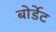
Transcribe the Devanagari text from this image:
बोर्डेट